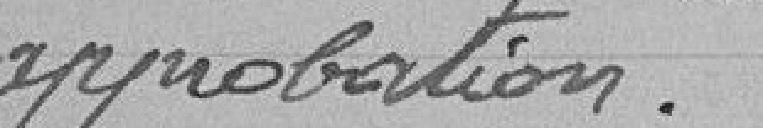
approbation.